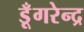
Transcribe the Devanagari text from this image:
डूँगरेन्द्र